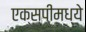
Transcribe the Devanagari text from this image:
एक्सपीमध्ये